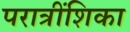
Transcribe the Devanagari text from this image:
परात्रींशिका